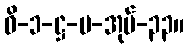
ဝိ-၁-ဋ္ဌ-ပ-အုပ်-၃၃။